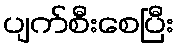
ပျက်စီးစေပြီး